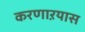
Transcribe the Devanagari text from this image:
करणाऱयास